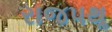
રાજપથૢ